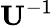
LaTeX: \mathbf{U}^{-1}